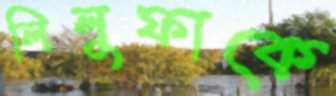
লিলুফাকে